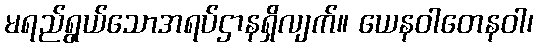
မရည်ရွယ်သောအရပ်ဌာနရှိလျက်။ ယေနဝါတေနဝါ၊